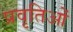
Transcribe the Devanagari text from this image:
प्रवृतिओं